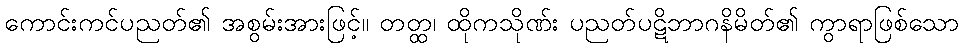
ကောင်းကင်ပညတ်၏ အစွမ်းအားဖြင့်။ တတ္ထ၊ ထိုကသိုဏ်း ပညတ်ပဋိဘာဂနိမိတ်၏ ကွာရာဖြစ်သော